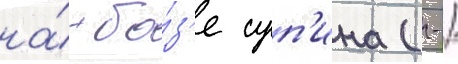
на́ ба́з'е суп'ина (-/